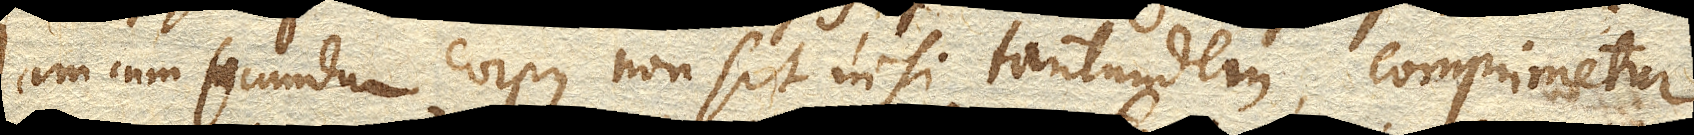
Jam cum secundum corpus non sit nisi tantundem, comprimetur